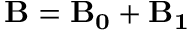
{ \bf { B } } = { \bf { B _ { 0 } } } + { \bf { B _ { 1 } } }